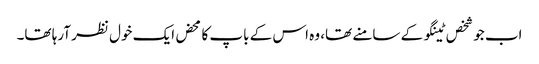
اب جو شخص ٹینگو کے سامنے تھا، وہ اس کے باپ کا محض ایک خول نظر آرہا تھا۔